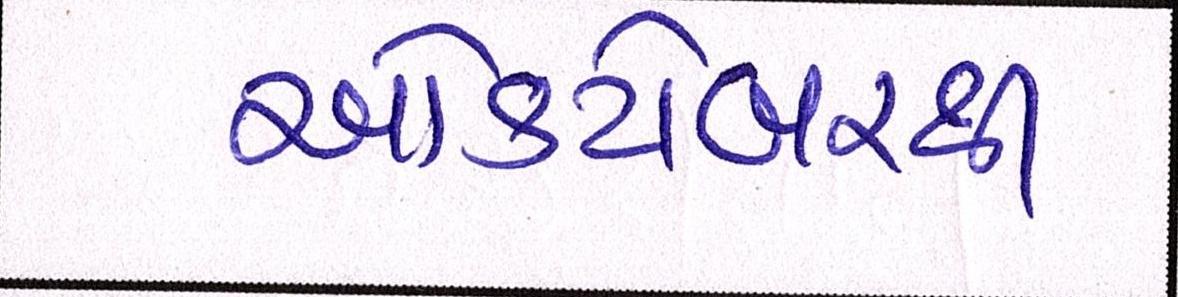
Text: ઓક્ટોબરથી